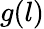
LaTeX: g(l)